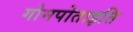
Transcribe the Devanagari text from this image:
गोमपोताइति